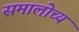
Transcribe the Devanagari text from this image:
समालोच्य